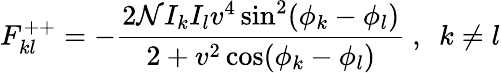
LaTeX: F_{kl}^{++}=-\frac{2\mathcal{N}I_{k}I_{l}v^{4}\sin^{2}(\phi_{k}-\phi_{l})}{2+v^{2}\cos(\phi_{k}-\phi_{l})}~,~~k\neq l